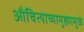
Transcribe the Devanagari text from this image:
औचित्याच्यामुद्द्यामुळे